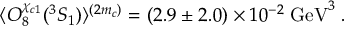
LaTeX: \langle { \cal O } _ { 8 } ^ { \chi _ { c 1 } } ( ^ { 3 } S _ { 1 } ) \rangle ^ { ( 2 m _ { c } ) } = ( 2 . 9 \pm 2 . 0 ) \times 1 0 ^ { - 2 } \; \mathrm { G e V } ^ { 3 } \; .